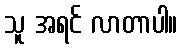
သူ အရင် လာတာပါ။